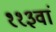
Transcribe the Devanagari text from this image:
११३वां